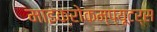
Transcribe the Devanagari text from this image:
माइक्रोकम्प्यूटर्स